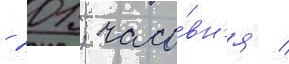
- 201; часо́вн'я /